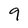
Character: 9